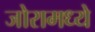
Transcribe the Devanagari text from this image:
जोरामध्ये